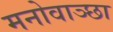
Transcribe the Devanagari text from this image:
मनोवाञ्छा